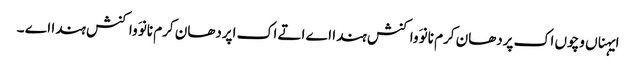
ایہناں وچوں اک پردھان کرم نانوَ واکنش ہندا اے اتے اک اپردھان کرم نانوَ واکنش ہندا اے ۔